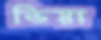
ভিয়া